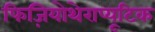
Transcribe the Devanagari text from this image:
फिज़ियोथेराप्यूटिक